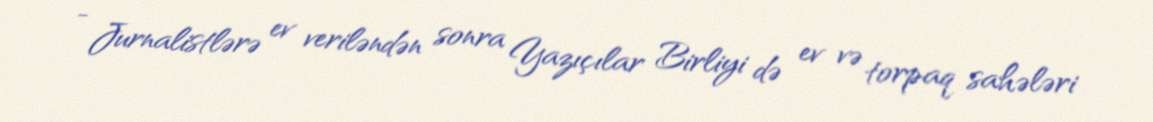
- Jurnalistlərə ev veriləndən sonra Yazıçılar Birliyi də ev və torpaq sahələri